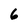
Character: 6